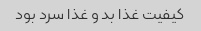
کیفیت غذا بد و غذا سرد بود